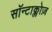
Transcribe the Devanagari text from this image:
सॉन्टाक्लोज़